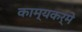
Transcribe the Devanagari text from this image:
काम्यकर्मे